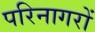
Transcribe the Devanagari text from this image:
परिनागरों